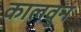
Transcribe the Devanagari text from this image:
कालवुन